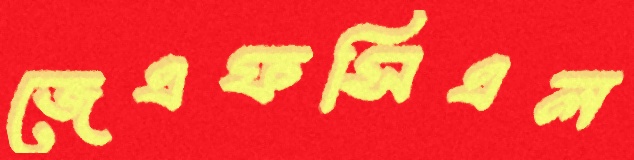
জেএফসিএল